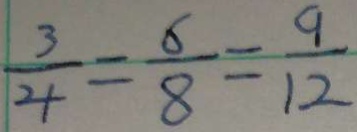
\frac { 3 } { 4 } = \frac { 6 } { 8 } = \frac { 9 } { 1 2 }